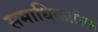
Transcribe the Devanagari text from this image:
समाधिकारिक